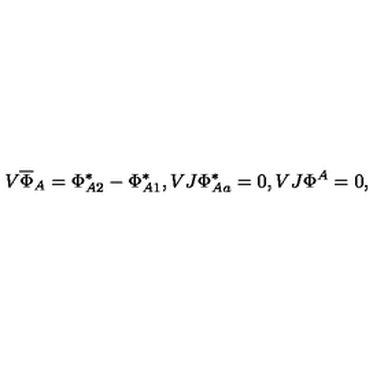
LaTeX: V \overline { { \Phi } } _ { A } = \Phi _ { A 2 } ^ { * } - \Phi _ { A 1 } ^ { * } , V J \Phi _ { A a } ^ { * } = 0 , V J \Phi ^ { A } = 0 ,